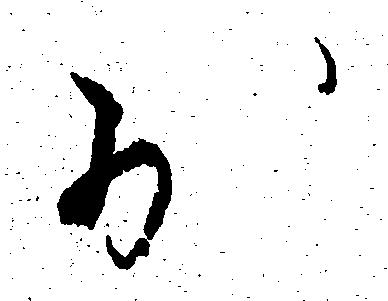
少